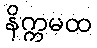
နိက္ကမထ